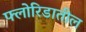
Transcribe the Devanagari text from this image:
फ्लोरिडातील